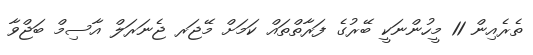
ތެރެއިން 11 މީހުންނަކީ ބޭރުގެ ފަރާތްތައް ކަމަށް މޭޖަރ ޖެނަރަލް އާސިމް ބަޖްވާ